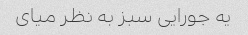
یه جورایی سبز به نظر میای